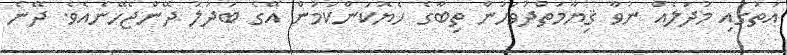
އަތުގައި މުދަލެއް ނުވާ ޤިޔާމަތްދުވަހުން ތިބާގެ ހެޔޮކަންކަމުން އޭގެ ބަދަލު ދޭންޖެހޭނެއެވެ. ދޭނެ